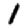
Digit: 1